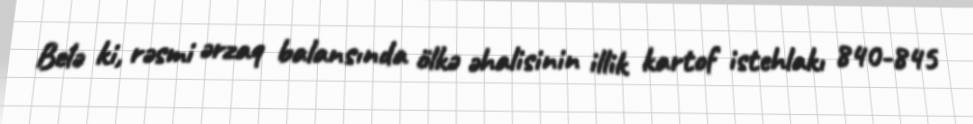
Belə ki, rəsmi ərzaq balansında ölkə əhalisinin illik kartof istehlakı 840-845